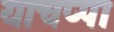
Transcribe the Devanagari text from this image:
याचप्पा